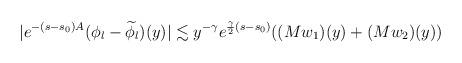
LaTeX: \begin{align*} |e^{-( s- s_0) A}(\phi_l-\widetilde\phi_l)(y)|&\lesssim y^{-\gamma}e^{\frac{\gamma}{2}( s- s_{0})}((Mw_1)(y)+(Mw_2)(y)) \end{align*}